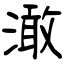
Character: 澉